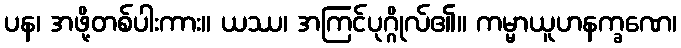
ပန၊ အဖို့တစ်ပါးကား။ ယဿ၊ အကြင်ပုဂ္ဂိုလ်၏။ ကမ္မာယူဟနက္ခဏေ၊